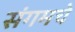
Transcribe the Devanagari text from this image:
संगमचे